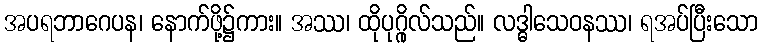
အပရဘာဂေပန၊ နောက်ဖို့၌ကား။ အဿ၊ ထိုပုဂ္ဂိုလ်သည်။ လဒ္ဓါသေဝနဿ၊ ရအပ်ပြီးသော